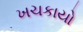
ખચકાયો